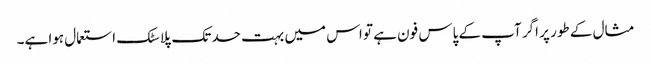
مثال کے طور پر اگر آپ کے پاس فون ہے تو اس میں بہت حد تک پلاسٹک استعمال ہوا ہے۔